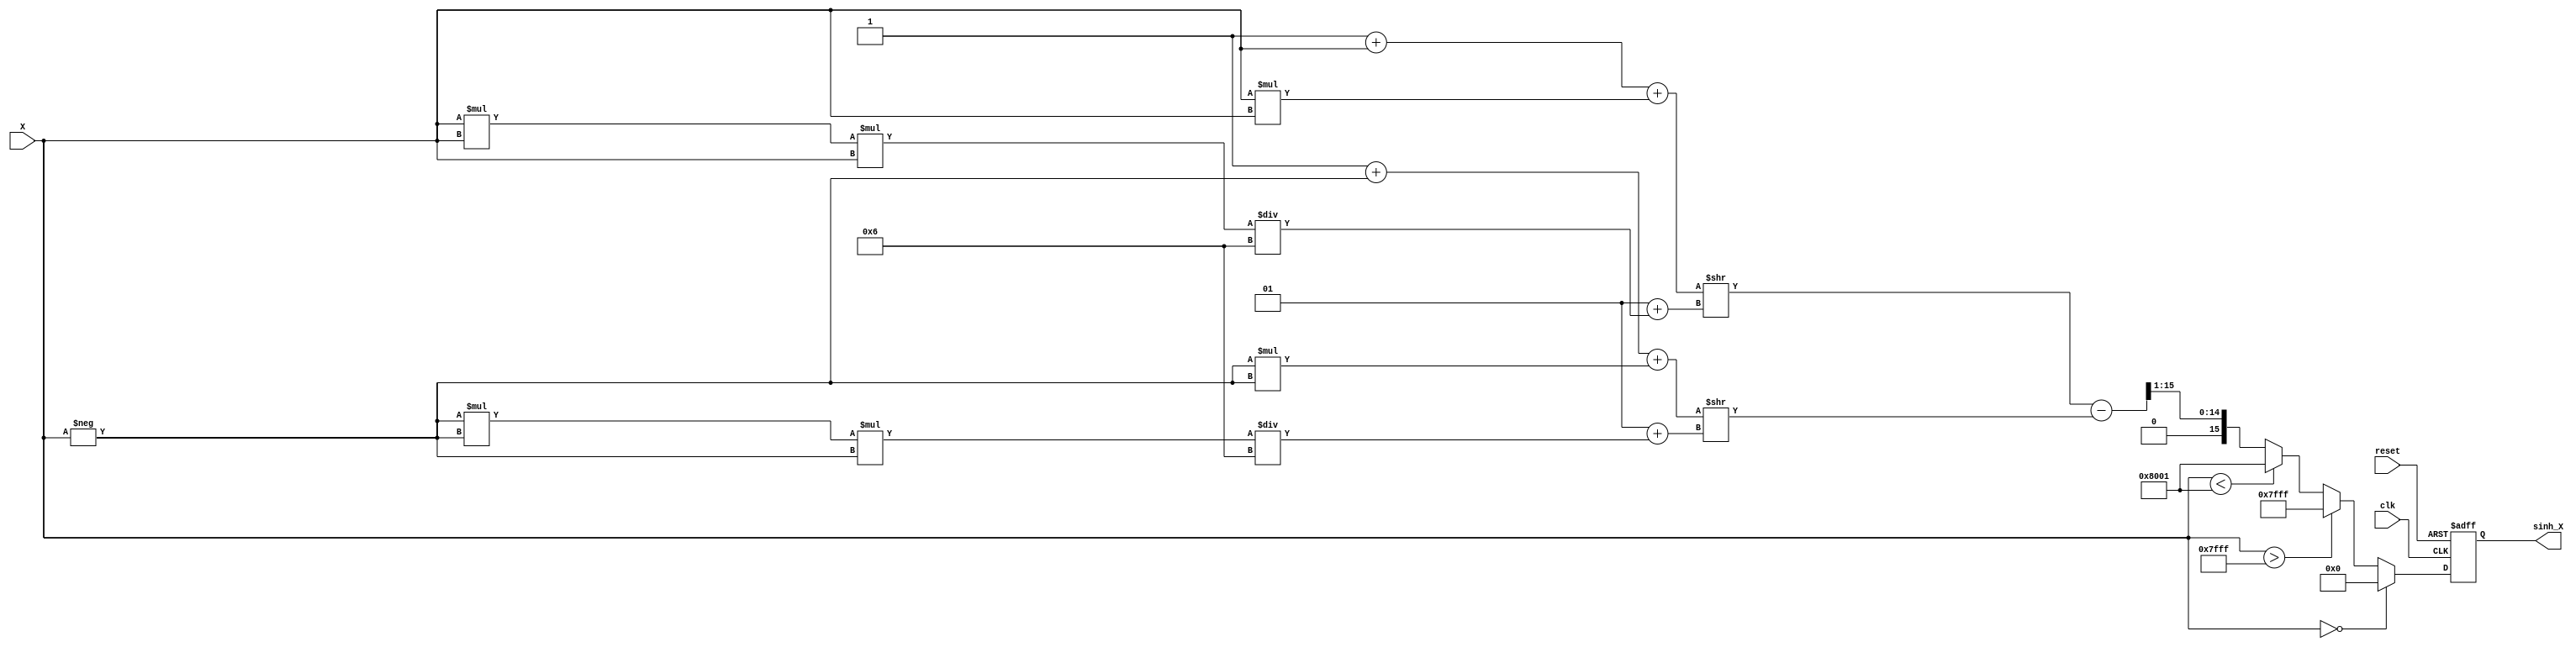
module sinh_arithmetic_block (
    input wire signed [15:0] X,      // Input value (fixed-point representation)
    output reg signed [15:0] sinh_X,  // Output value (sinh of X)
    input wire clk,
    input wire reset
);

    // Internal signals
    wire signed [15:0] exp_X;
    wire signed [15:0] exp_neg_X;
    wire signed [15:0] exp_diff;
    wire signed [15:0] exp_result;

    // Exponential function approximation (using Taylor series or polynomial approximation)
    function signed [15:0] exp_approx(input signed [15:0] x);
        // Simple polynomial approximation for e^x
        // e^x  1 + x + x^2/2! + x^3/3! + ...
        begin
            exp_approx = 16'h0001 + x + (x * x) >> 1 + (x * x * x) / 6; // Adjust for fixed-point scaling
        end
    endfunction

    // Compute e^X and e^(-X)
    assign exp_X = exp_approx(X);
    assign exp_neg_X = exp_approx(-X);

    // Compute e^X - e^(-X)
    assign exp_diff = exp_X - exp_neg_X;

    // Compute sinh(X) = (e^X - e^(-X)) / 2
    assign exp_result = exp_diff >> 1; // Divide by 2 using right shift

    // Special case handling
    always @(posedge clk or posedge reset) begin
        if (reset) begin
            sinh_X <= 16'h0000; // Reset output
        end else begin
            if (X == 16'h0000) begin
                sinh_X <= 16'h0000; // sinh(0) = 0
            end else if (X > 16'h7FFF) begin
                sinh_X <= 16'h7FFF; // Handle overflow for large positive inputs
            end else if (X < -16'h7FFF) begin
                sinh_X <= -16'h7FFF; // Handle overflow for large negative inputs
            end else begin
                sinh_X <= exp_result; // Normal case
            end
        end
    end

endmodule